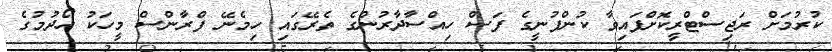
ކުރުމަށް ރަޖިސްޓްރީކޮށްފައިވާ ކުންފުނީގެ ފަސް ހިއްސާދާރުންގެ ތެރޭގައި ހިމެނޭ ފްރާންސް މީހަކު ހޯދުމުގެ